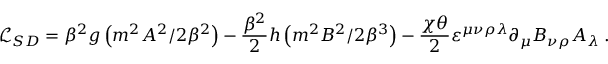
{ \mathcal { L } _ { S D } } = \beta ^ { 2 } g \left( m ^ { 2 } A ^ { 2 } / 2 \beta ^ { 2 } \right) - \frac { \beta ^ { 2 } } 2 h \left( m ^ { 2 } B ^ { 2 } / 2 \beta ^ { 3 } \right) - \frac { \chi \theta } { 2 } \varepsilon ^ { \mu \nu \rho \lambda } \partial _ { \mu } B _ { \nu \rho } A _ { \lambda } \; .